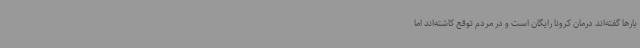
بارها گفته‌اند درمان کرونا رایگان است و در مردم توقع کاشته‌اند اما